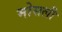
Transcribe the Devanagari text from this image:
मोसली